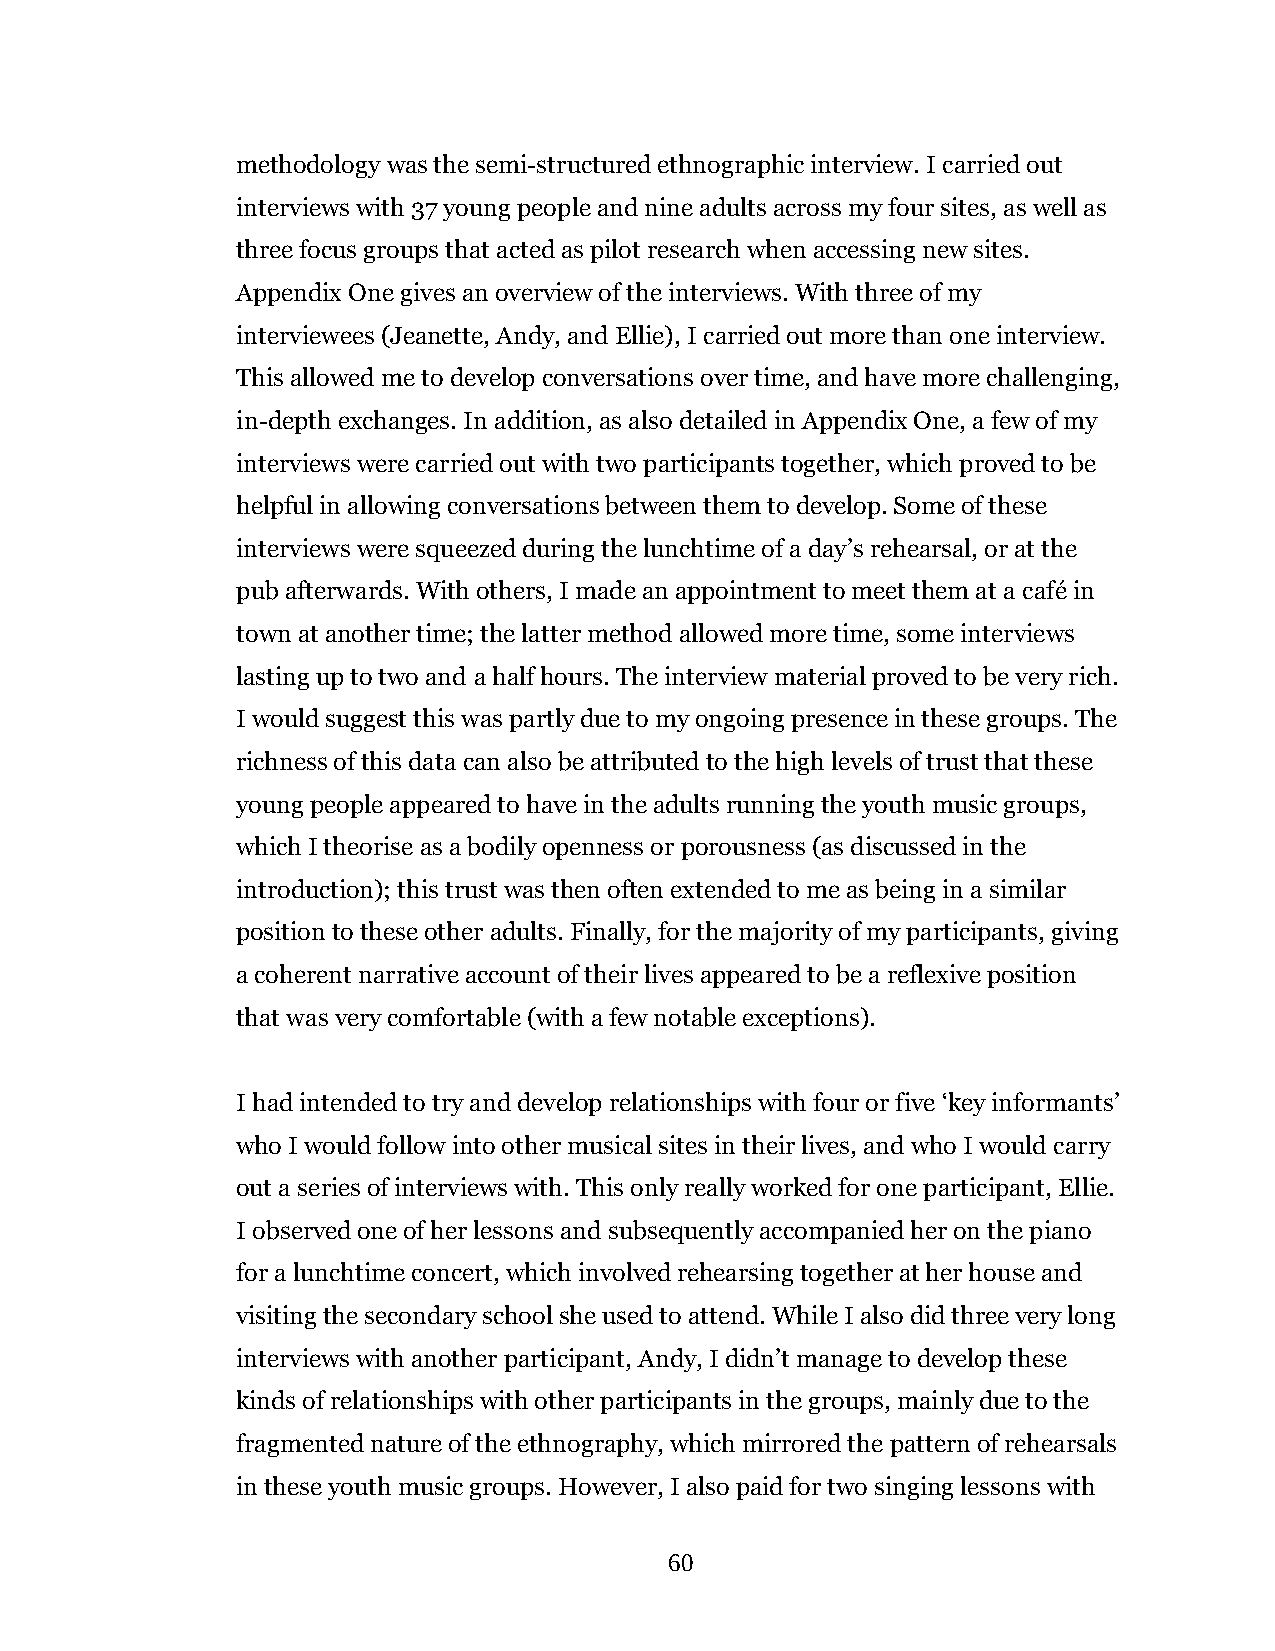
methodology was the semi-structured ethnographic interview. I carried out
 interviews with 37 young people and nine adults across my four sites, as well as
 three focus groups that acted as pilot research when accessing new sites.
 Appendix One gives an overview of the interviews. With three of my
 interviewees (Jeanette, Andy, and Ellie), I carried out more than one interview.
 This allowed me to develop conversations over time, and have more challenging,
 in-depth exchanges. In addition, as also detailed in Appendix One, a few of my
 interviews were carried out with two participants together, which proved to be
 helpful in allowing conversations between them to develop. Some of these
 interviews were squeezed during the lunchtime of a day’s rehearsal, or at the
 pub afterwards. With others, I made an appointment to meet them at a café in
 town at another time; the latter method allowed more time, some interviews
 lasting up to two and a half hours. The interview material proved to be very rich.
 I would suggest this was partly due to my ongoing presence in these groups. The
 richness of this data can also be attributed to the high levels of trust that these
 young people appeared to have in the adults running the youth music groups,
 which I theorise as a bodily openness or porousness (as discussed in the
 introduction); this trust was then often extended to me as being in a similar
 position to these other adults. Finally, for the majority of my participants, giving
 a coherent narrative account of their lives appeared to be a reflexive position
 that was very comfortable (with a few notable exceptions).
 I had intended to try and develop relationships with four or five ‘key informants’
 who I would follow into other musical sites in their lives, and who I would carry
 out a series of interviews with. This only really worked for one participant, Ellie.
 I observed one of her lessons and subsequently accompanied her on the piano
 for a lunchtime concert, which involved rehearsing together at her house and
 visiting the secondary school she used to attend. While I also did three very long
 interviews with another participant, Andy, I didn’t manage to develop these
 kinds of relationships with other participants in the groups, mainly due to the
 fragmented nature of the ethnography, which mirrored the pattern of rehearsals
 in these youth music groups. However, I also paid for two singing lessons with
 60